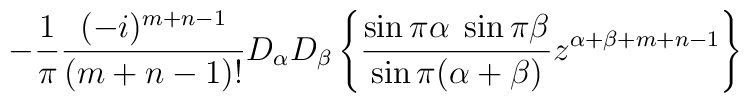
-\frac {1} {\pi} \frac {(-i)^{m+n-1}} {(m+n-1)!}D_{\alpha}D_{\beta}\left\{\frac {\sin\pi\alpha\;\sin\pi\beta} {\sin\pi(\alpha+\beta)}z^{\alpha+\beta+m+n-1}\right\}